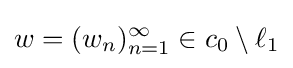
w=(w_{n})_{n=1}^{\infty }\in c_{0}\setminus \ell _{1}